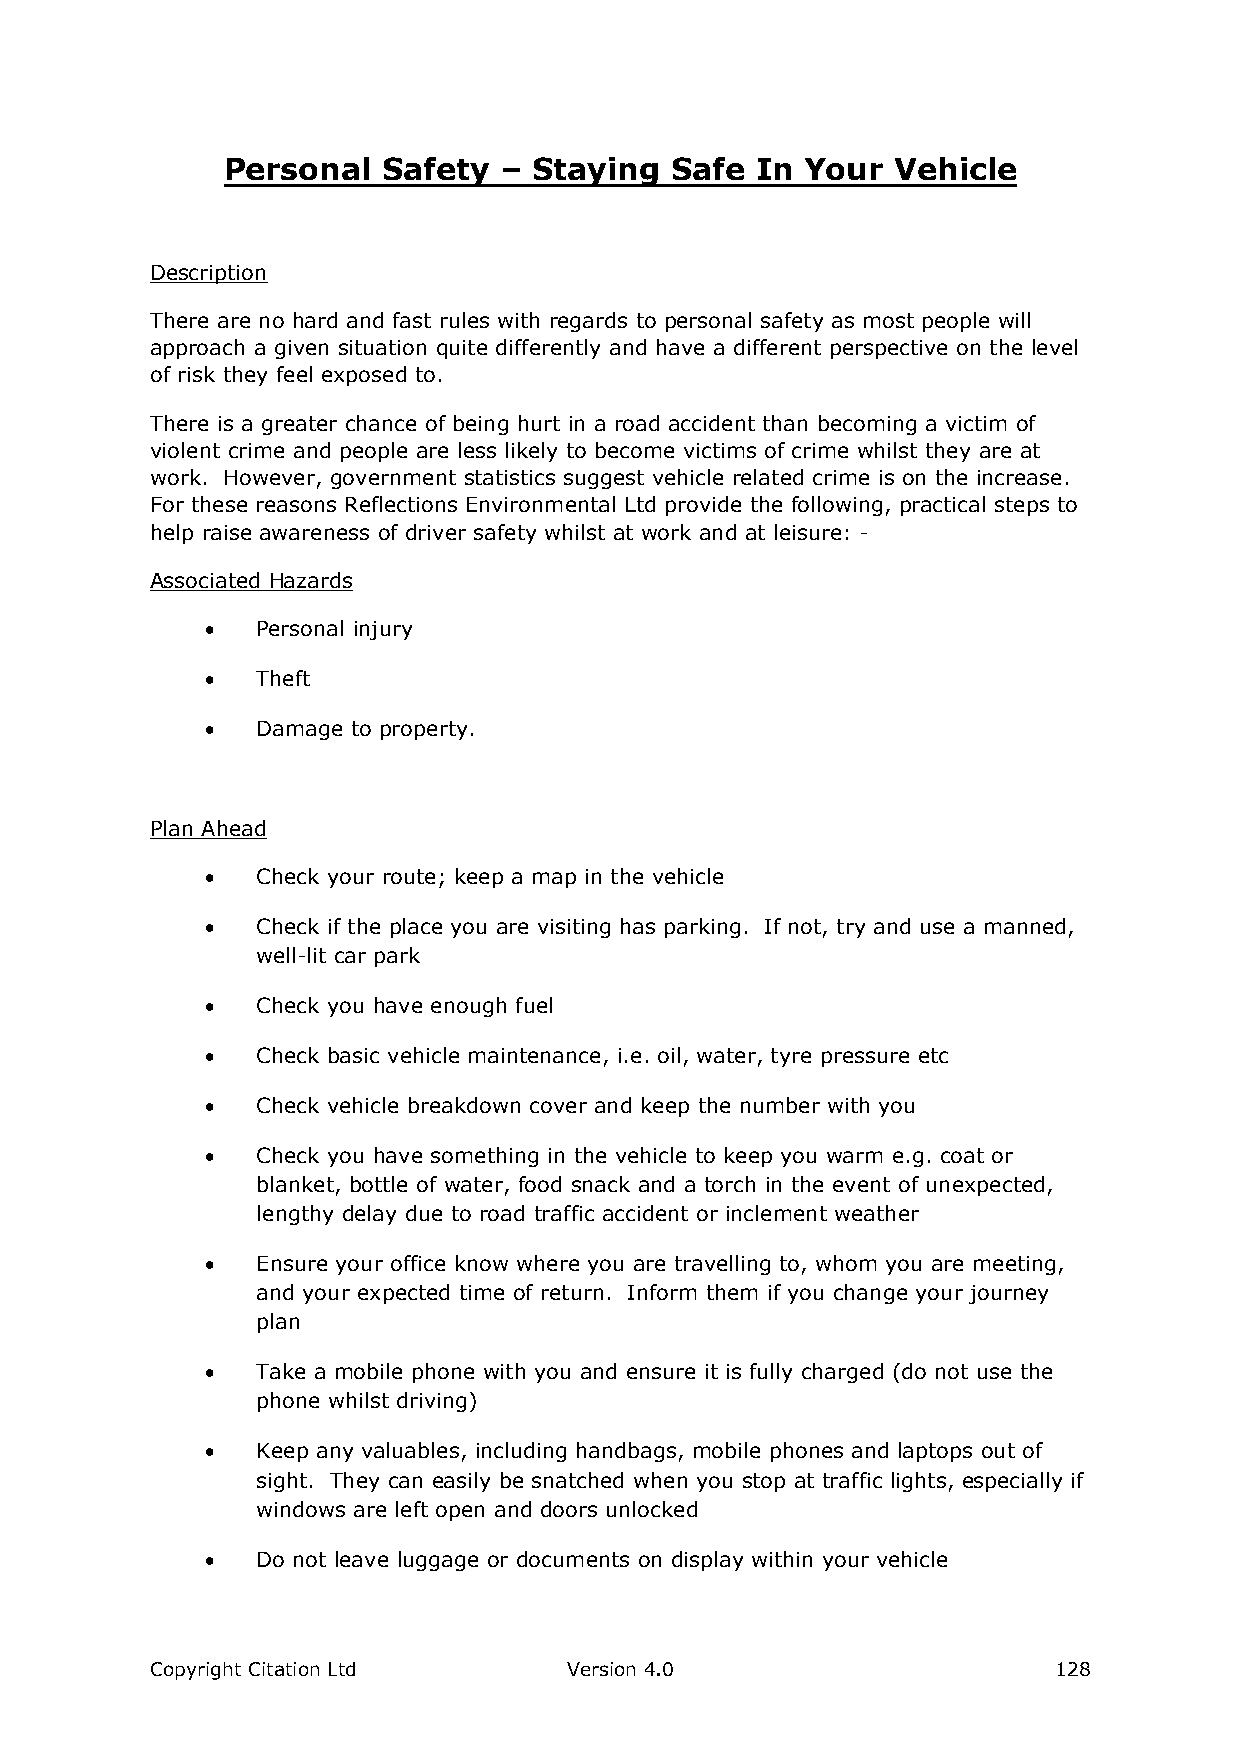
Personal  Safety  – Staying  Safe  In Your  Vehicle
 Description
 There are no hard and fast rules with regards to personal safety as most people will
 approach a given situation quite differently and have a different perspective on the level
 of risk they feel exposed to.
 There is a greater chance of being hurt in a road accident than becoming a victim of
 violent crime and people are less likely to become victims of crime whilst they are at
 work. However, government statistics suggest vehicle related crime is on the increase.
 For these reasons Reflections Environmental Ltd provide the following, practical steps to
 help raise awareness of driver safety whilst at work and at leisure: -
 Associated Hazards
   Personal injury
   Theft
   Damage to property.
 Plan Ahead
   Check your route; keep a map in the vehicle
   Check if the place you are visiting has parking. If not, try and use a manned,
 well-lit car park
   Check you have enough fuel
   Check basic vehicle maintenance, i.e. oil, water, tyre pressure etc
   Check vehicle breakdown cover and keep the number with you
   Check you have something in the vehicle to keep you warm e.g. coat or
 blanket, bottle of water, food snack and a torch in the event of unexpected,
 lengthy delay due to road traffic accident or inclement weather
   Ensure your office know where you are travelling to, whom you are meeting,
 and your expected time of return. Inform them if you change your journey
 plan
   Take a mobile phone with you and ensure it is fully charged (do not use the
 phone whilst driving)
   Keep any valuables, including handbags, mobile phones and laptops out of
 sight. They can easily be snatched when you stop at traffic lights, especially if
 windows are left open and doors unlocked
   Do not leave luggage or documents on display within your vehicle
 Copyright Citation Ltd      Version 4.0                     128